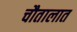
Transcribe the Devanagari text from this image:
चौतालात